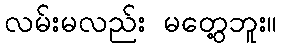
လမ်းမလည်း မတွေ့ဘူး။